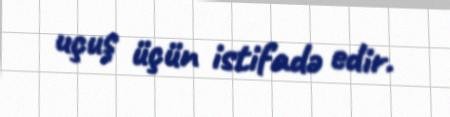
uçuş üçün istifadə edir.